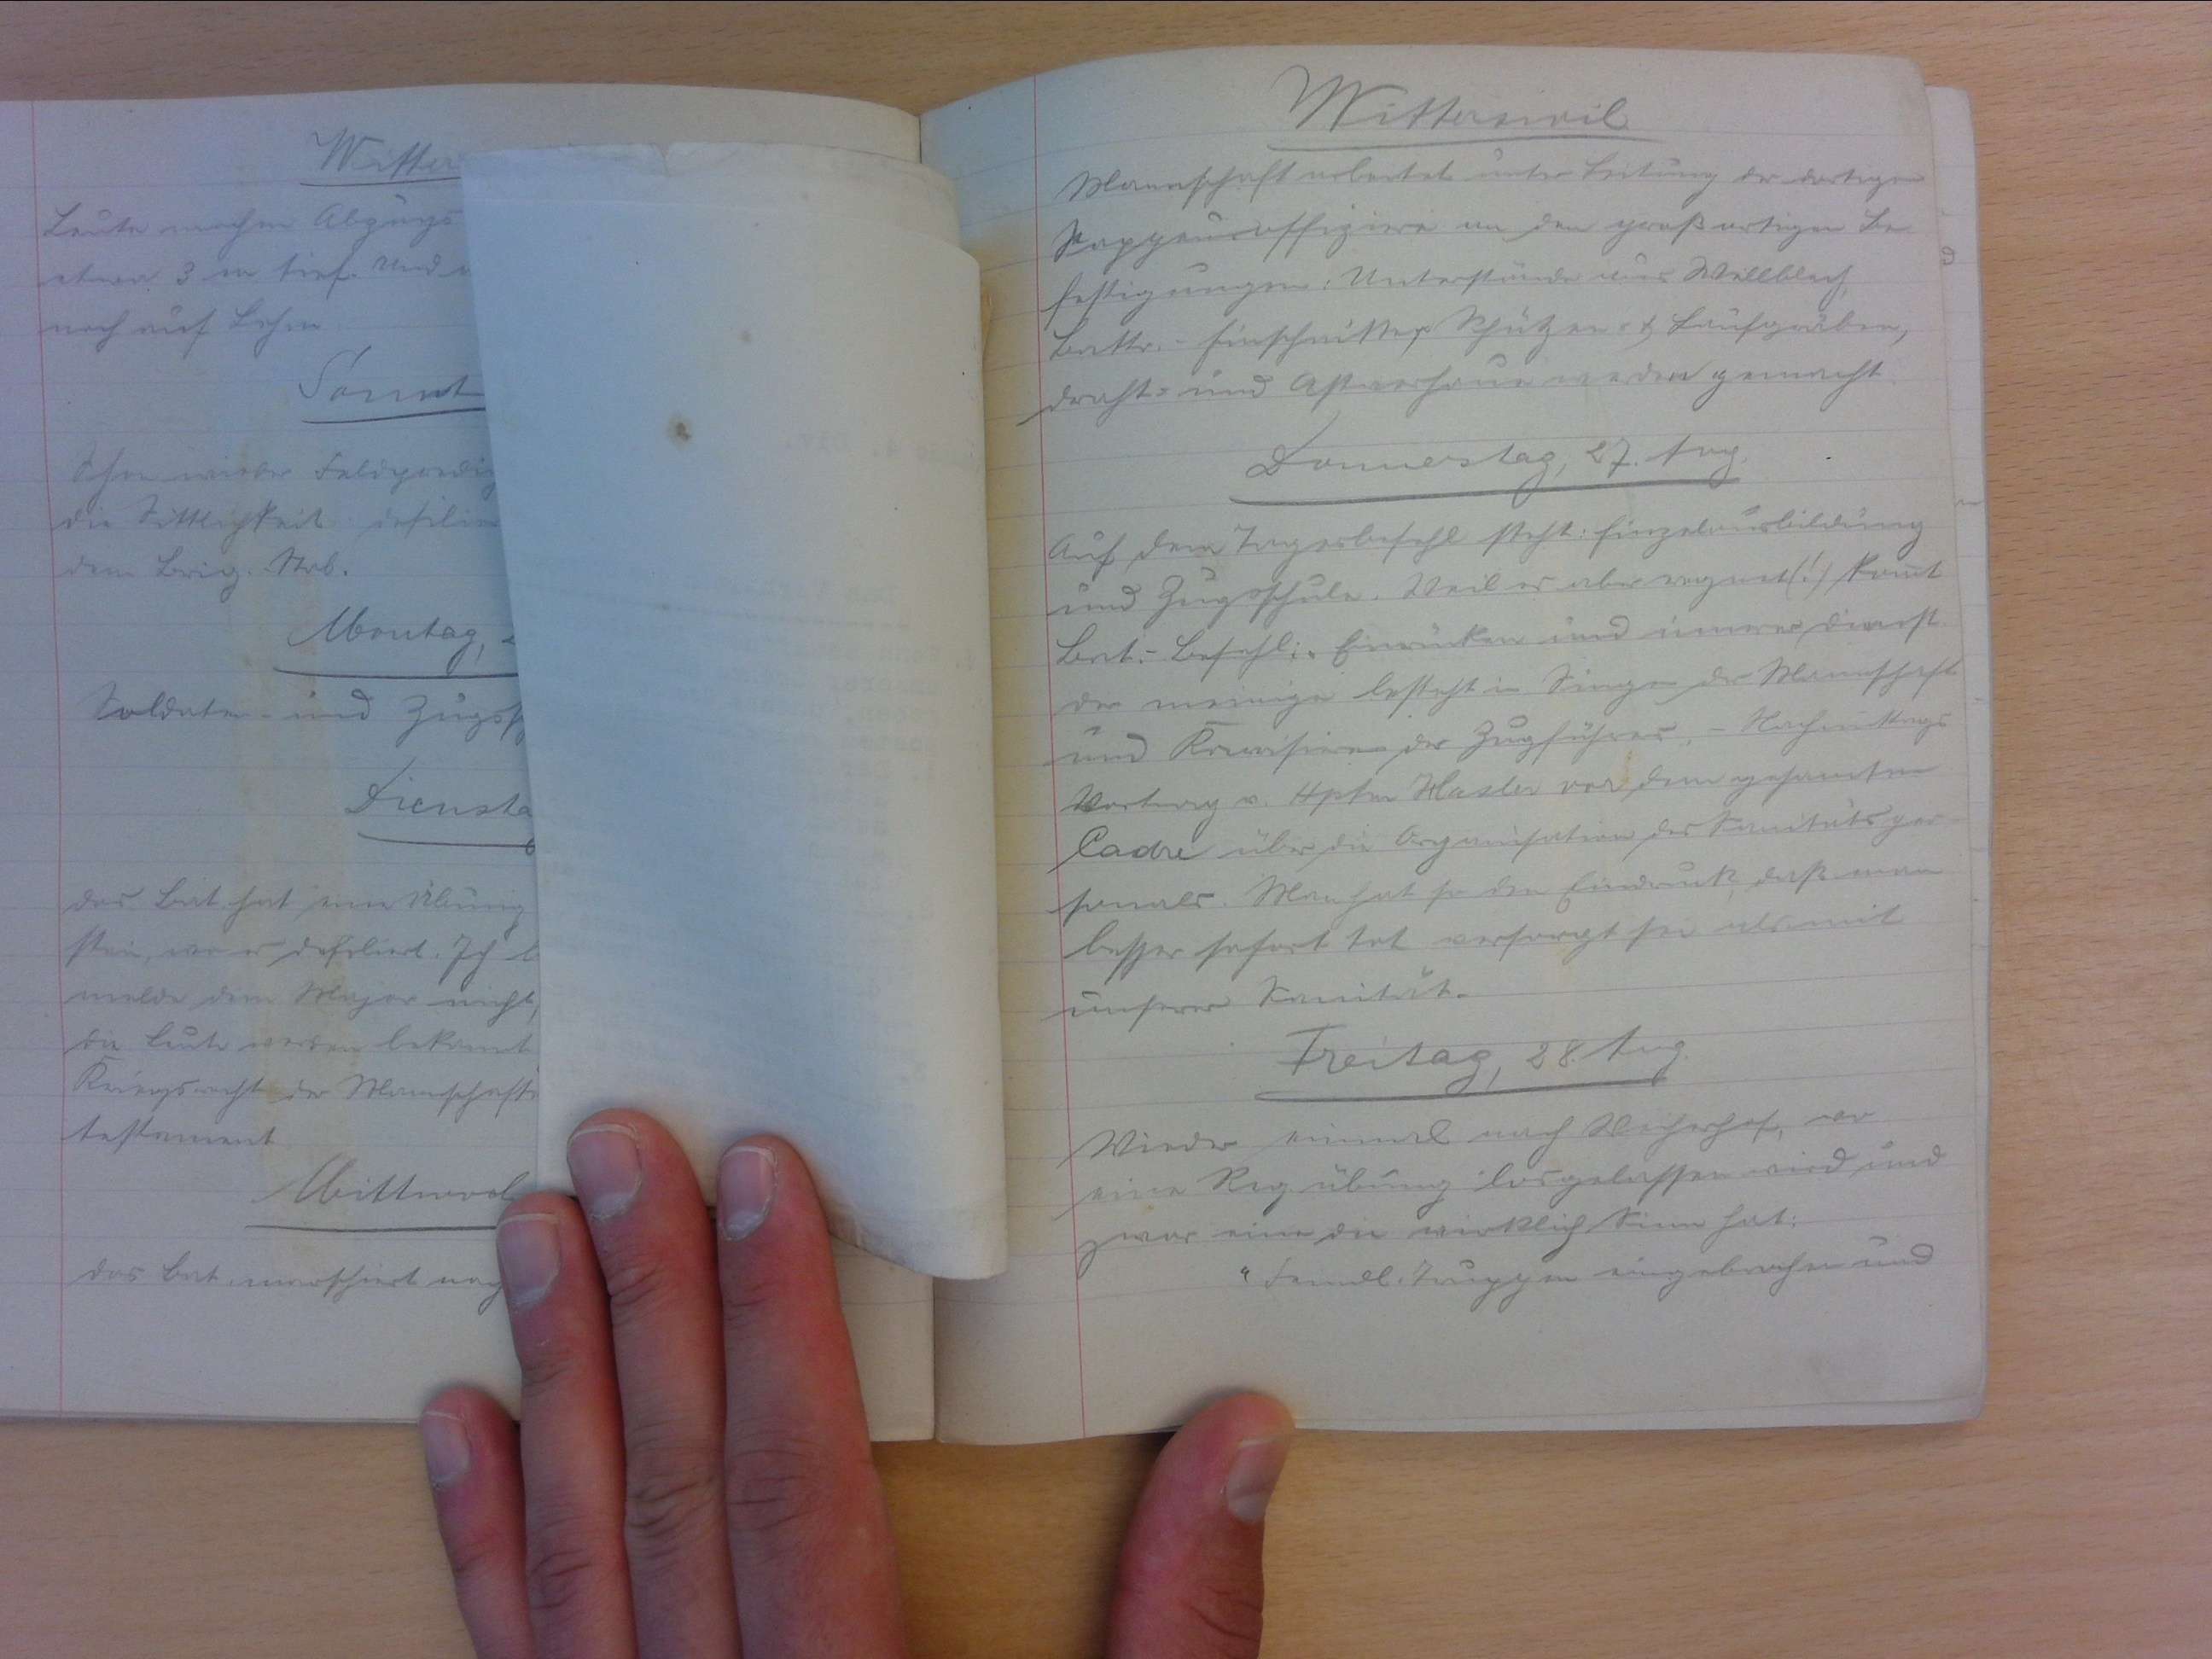
Witterswil
Mannschaft arbeitete unter Leitung der dortigen
Sappeuroffiziere an den grossartigen Be-
festigungen: Unterstände aus Wellblech,
Battr.-Einschnitte & Schützen- & Laufgräben,
draht- und Astverhaue werden gemacht.
Donnerstag, 27. Aug.
Auf dem Tagesbefehl steht: Einhelausbildung
und Zugschule. Weil es aber regnet (!) kommt
Bat.-Befehl: "Einrücken und innerer Dienst.
Der meinige besteht in Singen der Mannschaft
und Karrisieren der Zugführer. - Nachmittags
Vortrag v. Hptm Hasler vor dem gesamten
Cadre über die Organisation des Sanitätsper-
sonals. Man hat so den Eindruck, dass man
besser sofort tot versorgt sei als mit
unserer Sanität.
Freitag, 28. Aug.
Wieder einmal nach Weiherhof, wo
eine Reg. übung los gelassen wird und
zwar eine die wirklich Sinn hat:
"Feindl. Truppen eingebrochen und